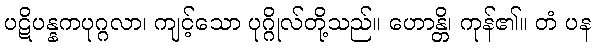
ပဋိပန္နကပုဂ္ဂလာ၊ ကျင့်သော ပုဂ္ဂိုလ်တို့သည်။ ဟောန္တိ၊ ကုန်၏။ တံ ပန